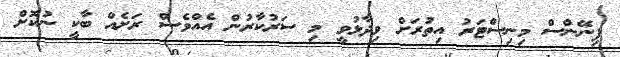
ފިނޭންސް މިނިސްޓަރު އިތުރަށް ވިދާޅުވީ މި ސަރުކާރުން އެއްވެސް ރަށެއް ބާކީ ނުކޮށް